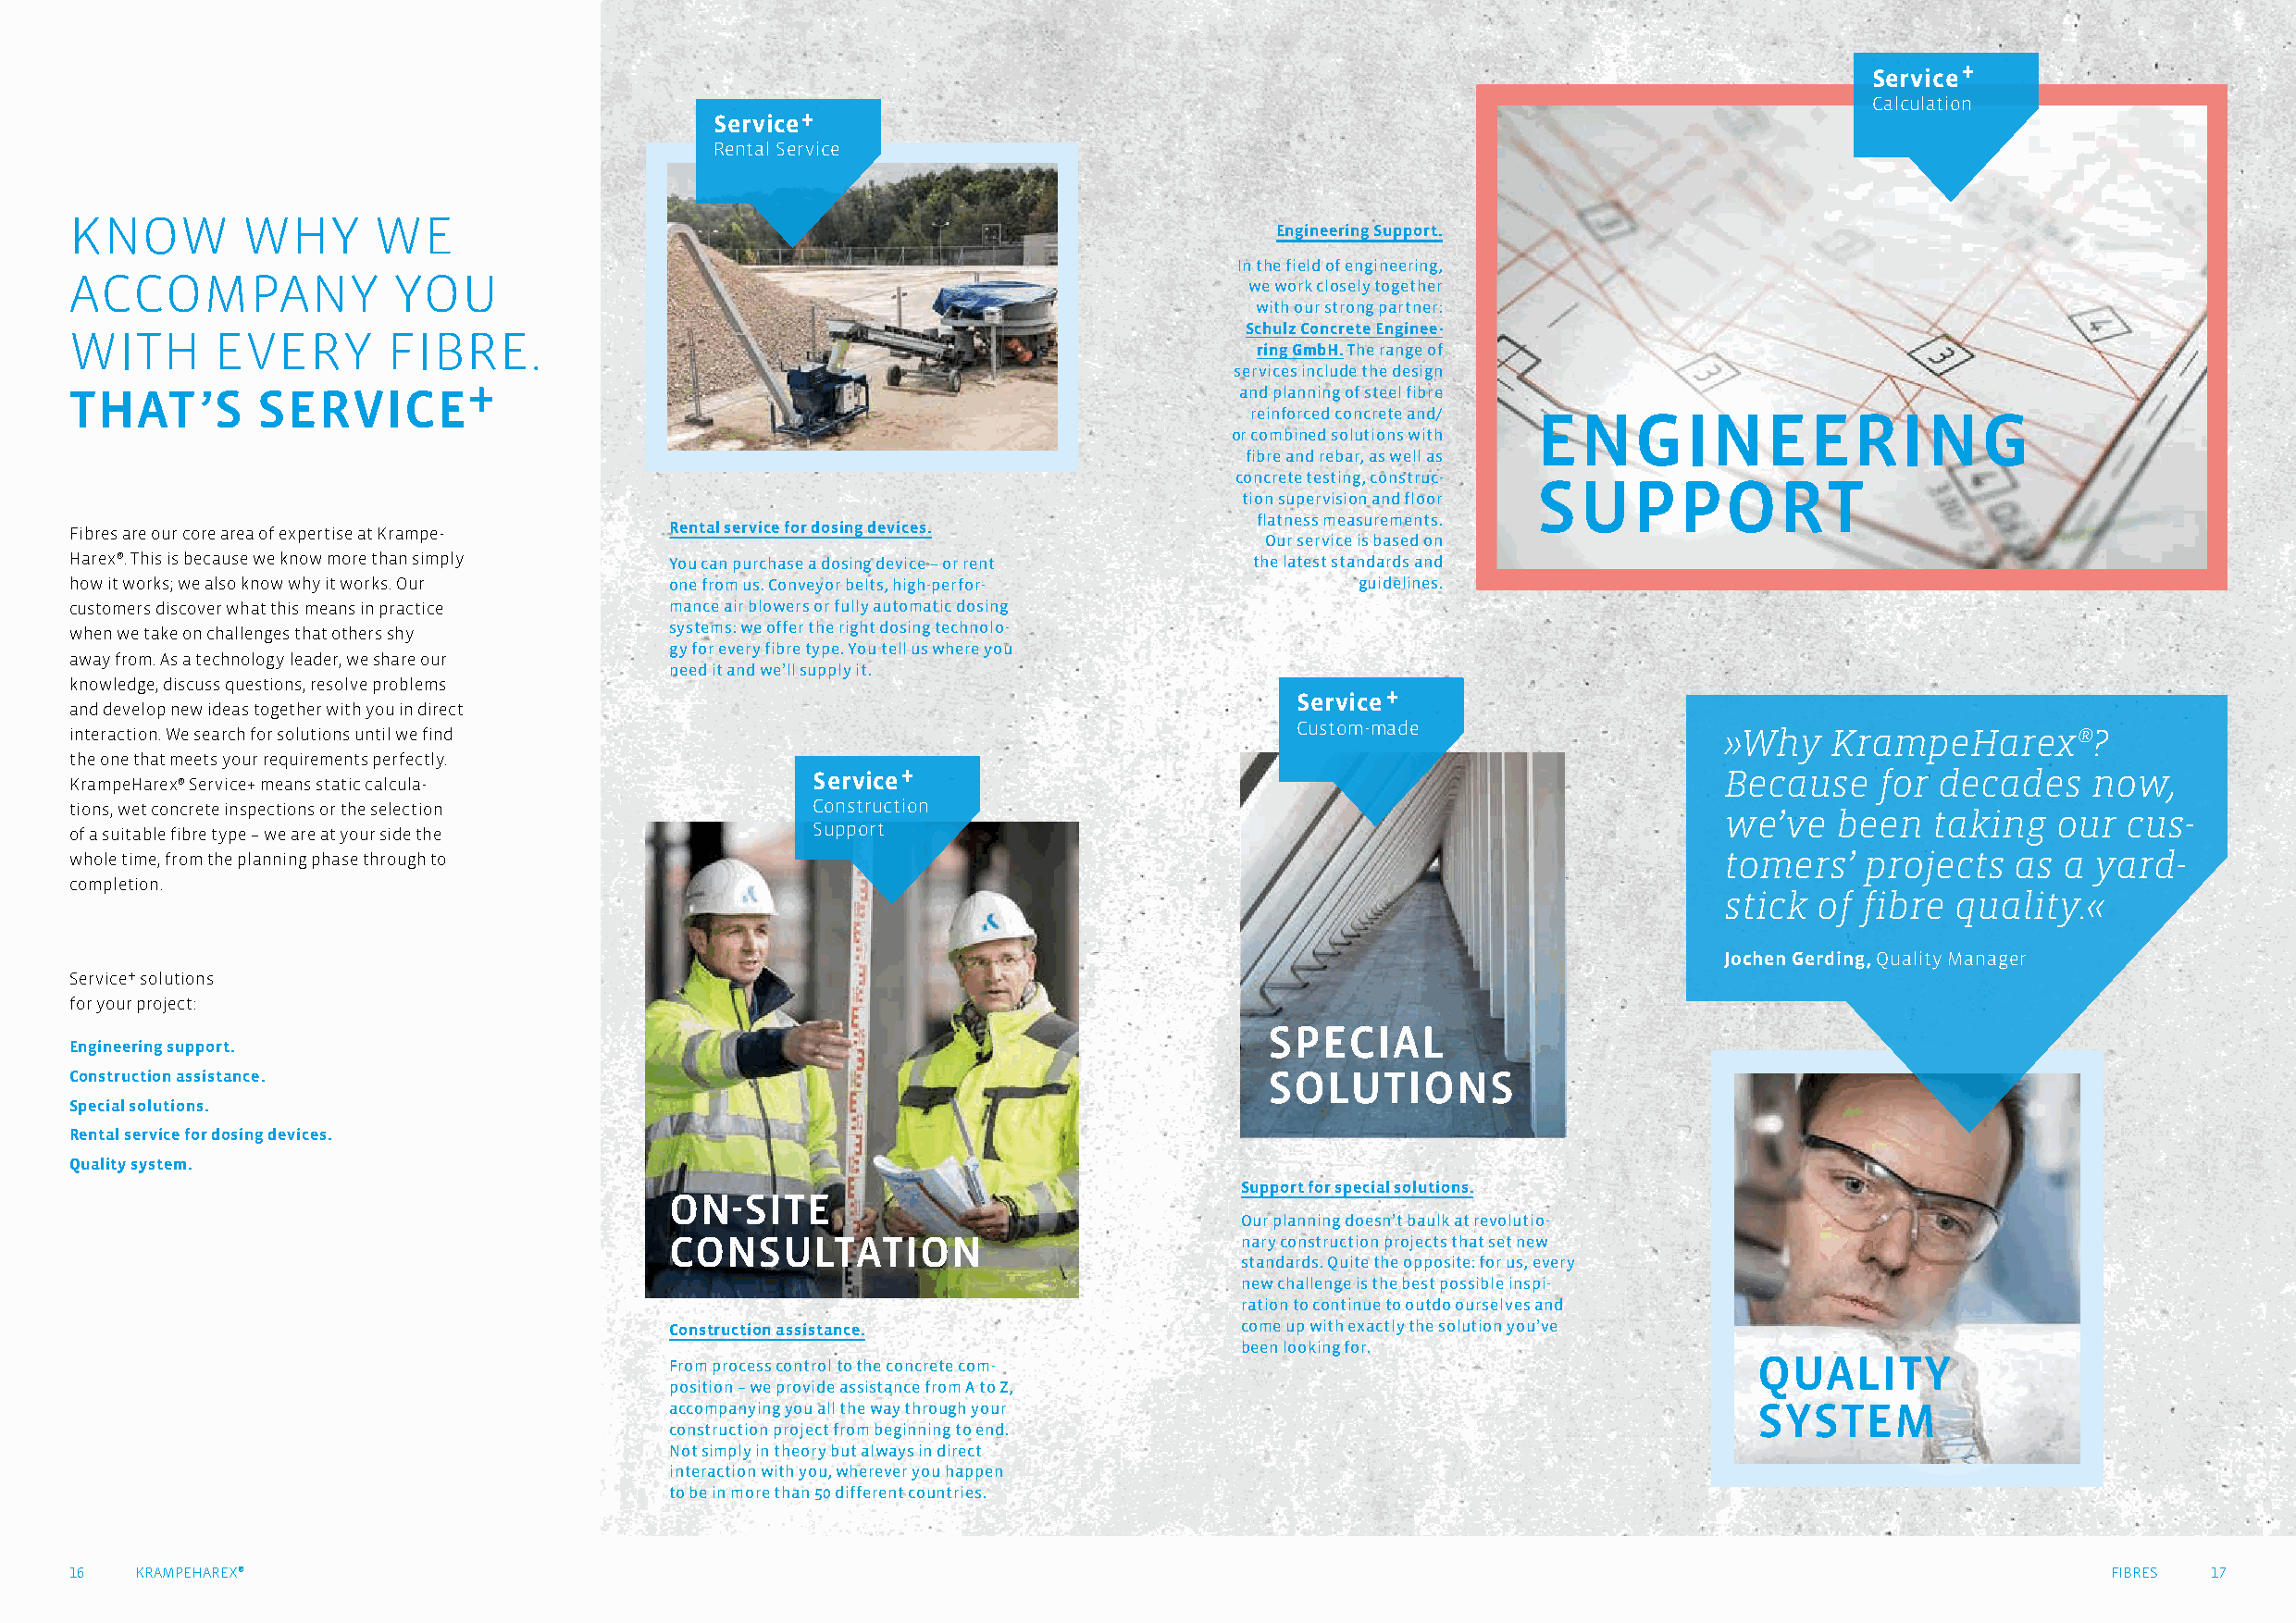
+
 Service
 Calculation
 +
 Service
 Rental Service
 KNOW        WHY       WE
 Engineering Support.
 In the field of engineering,
 ACCOMPANY              YOU
 we work closely together
 with our strong partner:
 Schulz Concrete Enginee-
 WITH      EVERY        FIBRE.
 ring GmbH. The range of
 services include the design
 +
 THAT’S       SERVICE                                                                and planning of steel fibre
 reinforced concrete and/ ENGINEERING
 or combined solutions with
 fibre and rebar, as well as
 concrete testing, construc- SUPPORT
 tion supervision and floor
 flatness measurements.
 Fibres are our core area of expertise at Krampe­ Rental service for dosing devices.
 Our service is based on
 Harex®. This is because we know more than simply You can purchase a dosing device – or rent the latest standards and
 how it works; we also know why it works. Our one from us. Conveyor belts, high-perfor-      guidelines.
 customers discover what this means in practice mance air blowers or fully automatic dosing
 systems: we offer the right dosing technolo-
 when we take on challenges that others shy
 gy for every fibre type. You tell us where you
 away from. As a technology leader, we share our
 need it and we’ll supply it.
 knowledge, discuss questions, resolve problems
 +
 Service
 and develop new ideas together with you in direct
 Custom­made
 interaction. We search for solutions until we find                                                                    »Why    KrampeHarex®?
 the one that meets your requirements perfectly.
 Service+                                                         Because    for  decades    now,
 KrampeHarex® Service+ means static calcula­
 tions, wet concrete inspections or the selection     Construction                                                     we’ve   been   taking   our  cus-
 Support
 of a suitable fibre type – we are at your side the
 whole time, from the planning phase through to                                                                        tomers’   projects   as  a yard-
 completion.
 stick  of fibre  quality.«
 Jochen Gerding, Quality Manager
 Service+ solutions
 for your project:
 SPECIAL
 Engineering support.
 Construction assistance.                                                              SOLUTIONS
 Special solutions.
 Rental service for dosing devices.
 Quality system.
 Support for special solutions.
 ON-SITE
 Our planning doesn’t baulk at revolutio-
 CONSULTATION                             nary construction projects that set new
 standards. Quite the opposite: for us, every
 new challenge is the best possible inspi-
 ration to continue to outdo ourselves and
 Construction assistance.                 come up with exactly the solution you’ve
 been looking for.
 QUALITY
 From process control to the concrete com-
 position – we provide assistance from A to Z,
 accompanying you all the way through your                                     SYSTEM
 construction project from beginning to end.
 Not simply in theory but always in direct
 interaction with you, wherever you happen
 to be in more than 50 different countries.
 16   KRAMPEHAREX®                                                                                                                                 FIBRES 17